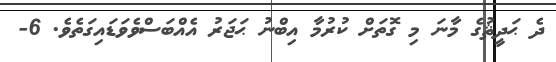
ދެ ޙަދީޘުގެ މާނަ މި ގޮތަށް ކުރުމާ އިބްނު ޙަޖަރު އެއްބަސްވެވަޑައިގަތެވެ. 6-